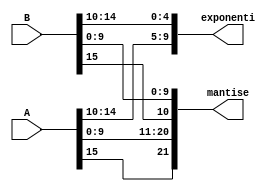
`timescale 1ns / 1ps
//////////////////////////////////////////////////////////////////////////////////
// Company: 
// Engineer: 
// 
// Design Name: 
// Module Name: Split
// Project Name: 
// Target Devices: 
// Tool Versions: 
// Description: 
// 
// Dependencies: 
// 
// Revision:
// Revision 0.01 - File Created
// Additional Comments:
// 
//////////////////////////////////////////////////////////////////////////////////


module Split(A, B, exponenti, mantise);
    input [15:0] A, B;
    output reg [9:0] exponenti;
    output reg [21:0] mantise;
    
    reg semn1, semn2;
    reg [4:0] exp1, exp2;
    reg [10:0] mant1, mant2;
    
    always @ (A | B)
        begin
            semn1 = A[15];
            semn2 = B[15];
            
            exp1 = A[14:10];
            exp2 = B[14:10];
            
            mant1[9:0] = A[9:0];
            mant2[9:0] = B[9:0];
            
            mant1[10] = semn1;
            mant2[10] = semn2;
            
            exponenti = {exp1, exp2};
            mantise = {mant1, mant2}; 
        end   
endmodule